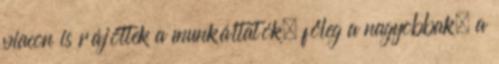
piacon is rájöttek a munkáltatók, főleg a nagyobbak, a